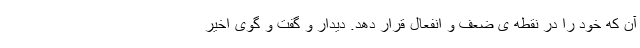
آن که خود را در نقطه ی ضعف و انفعال قرار دهد. دیدار و گفت و گوی اخیر